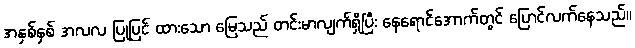
အနှစ်နှစ် အလလ ပြုပြင် ထားသော မြေသည် တင်းမာလျက်ရှိပြီး နေရောင်အောက်တွင် ပြောင်လက်နေသည်။